Bréfritari: Gunnlaugur Oddsson
Dagsetning: A-1890-10-19
Skrifað á: Glasgow, Skotlandi

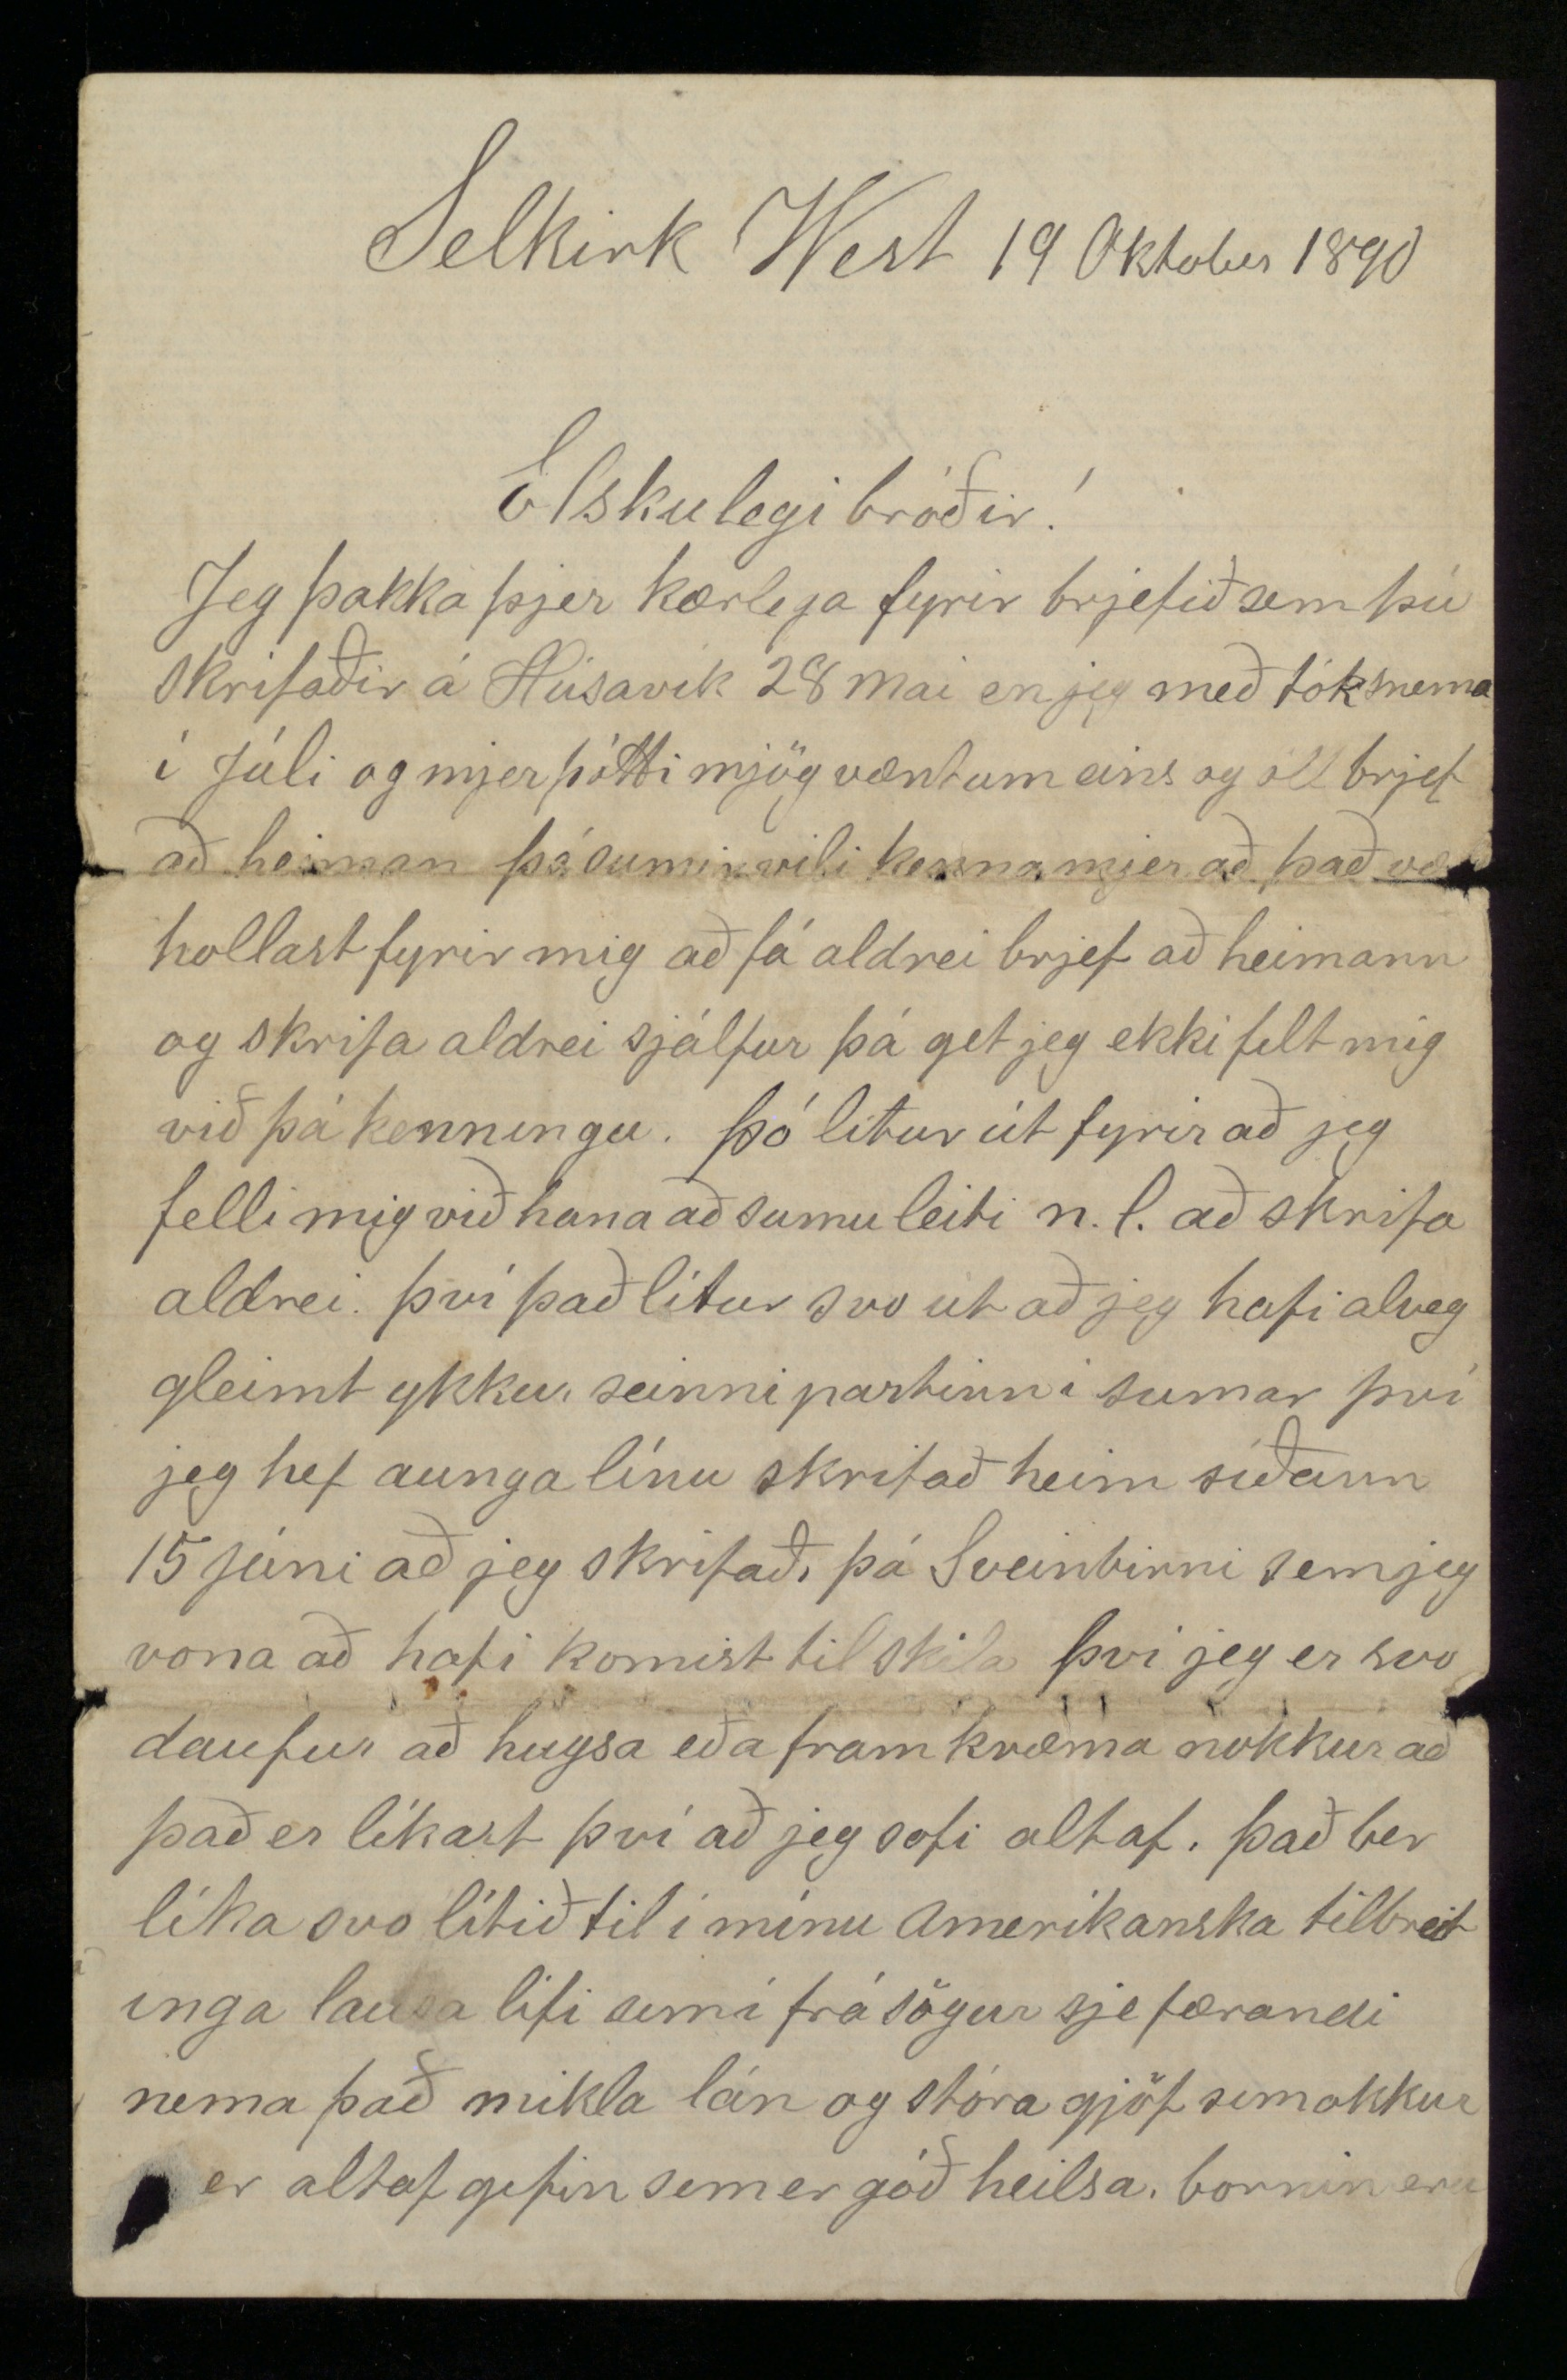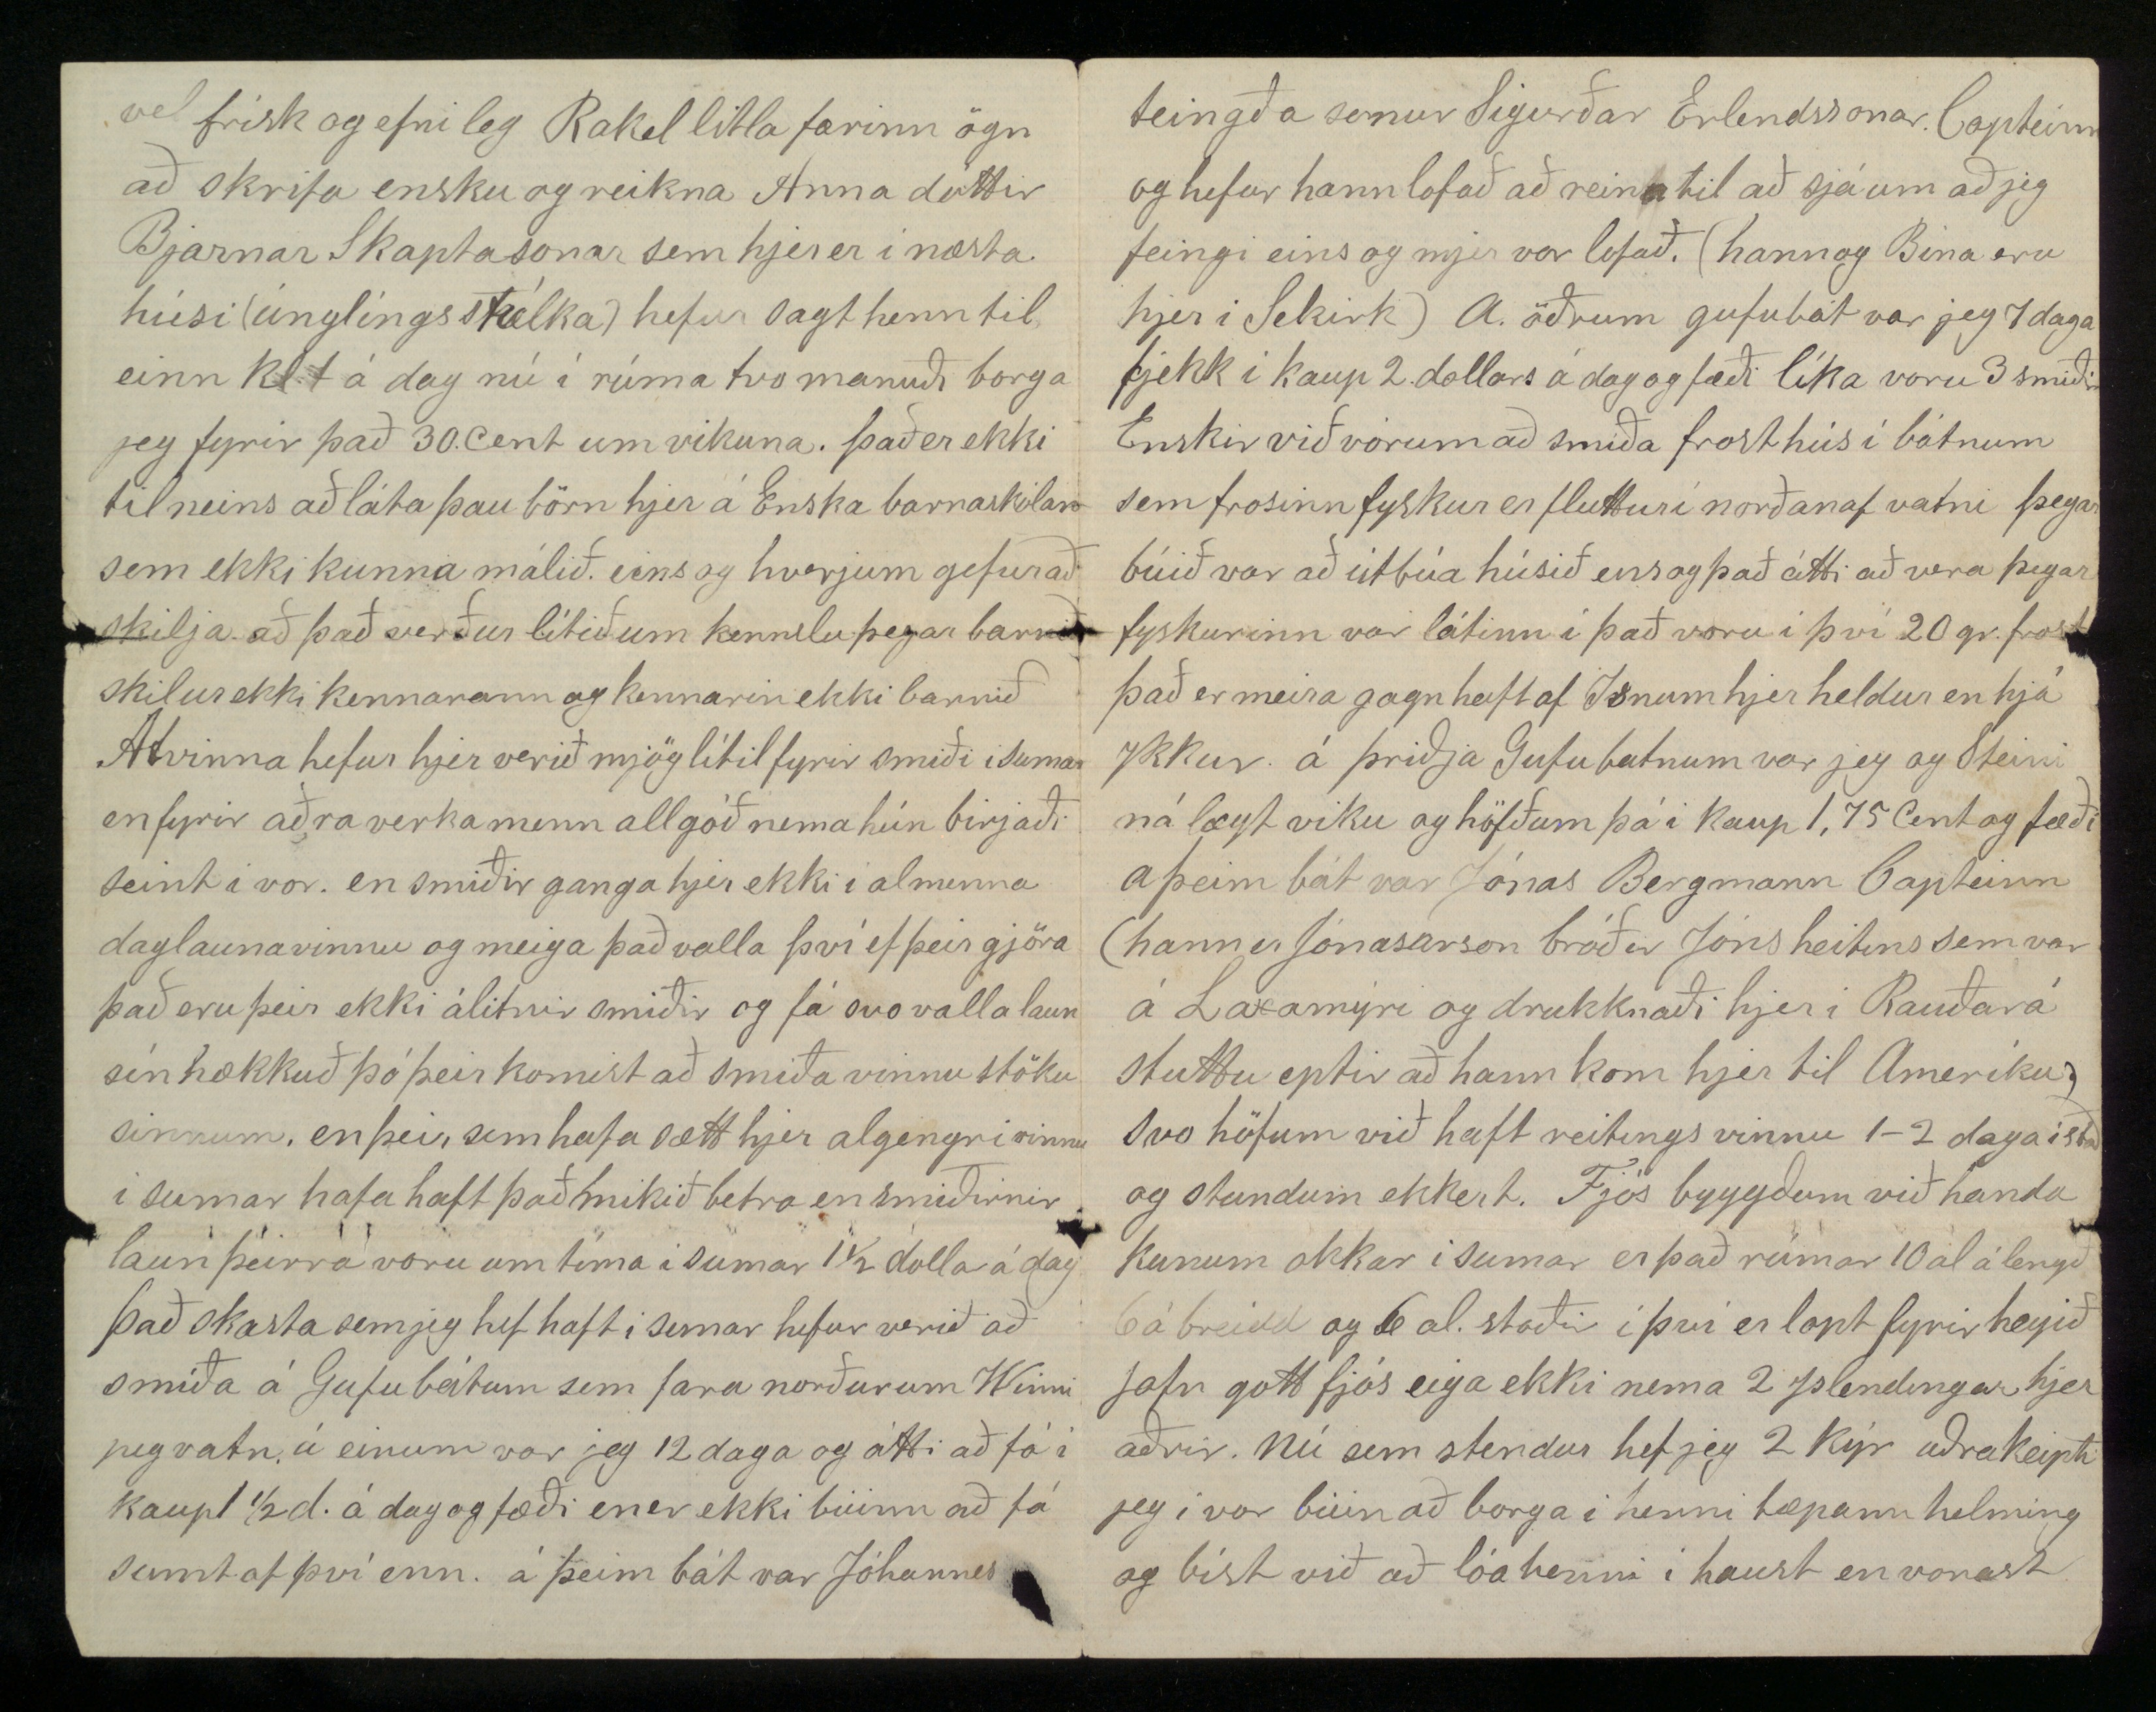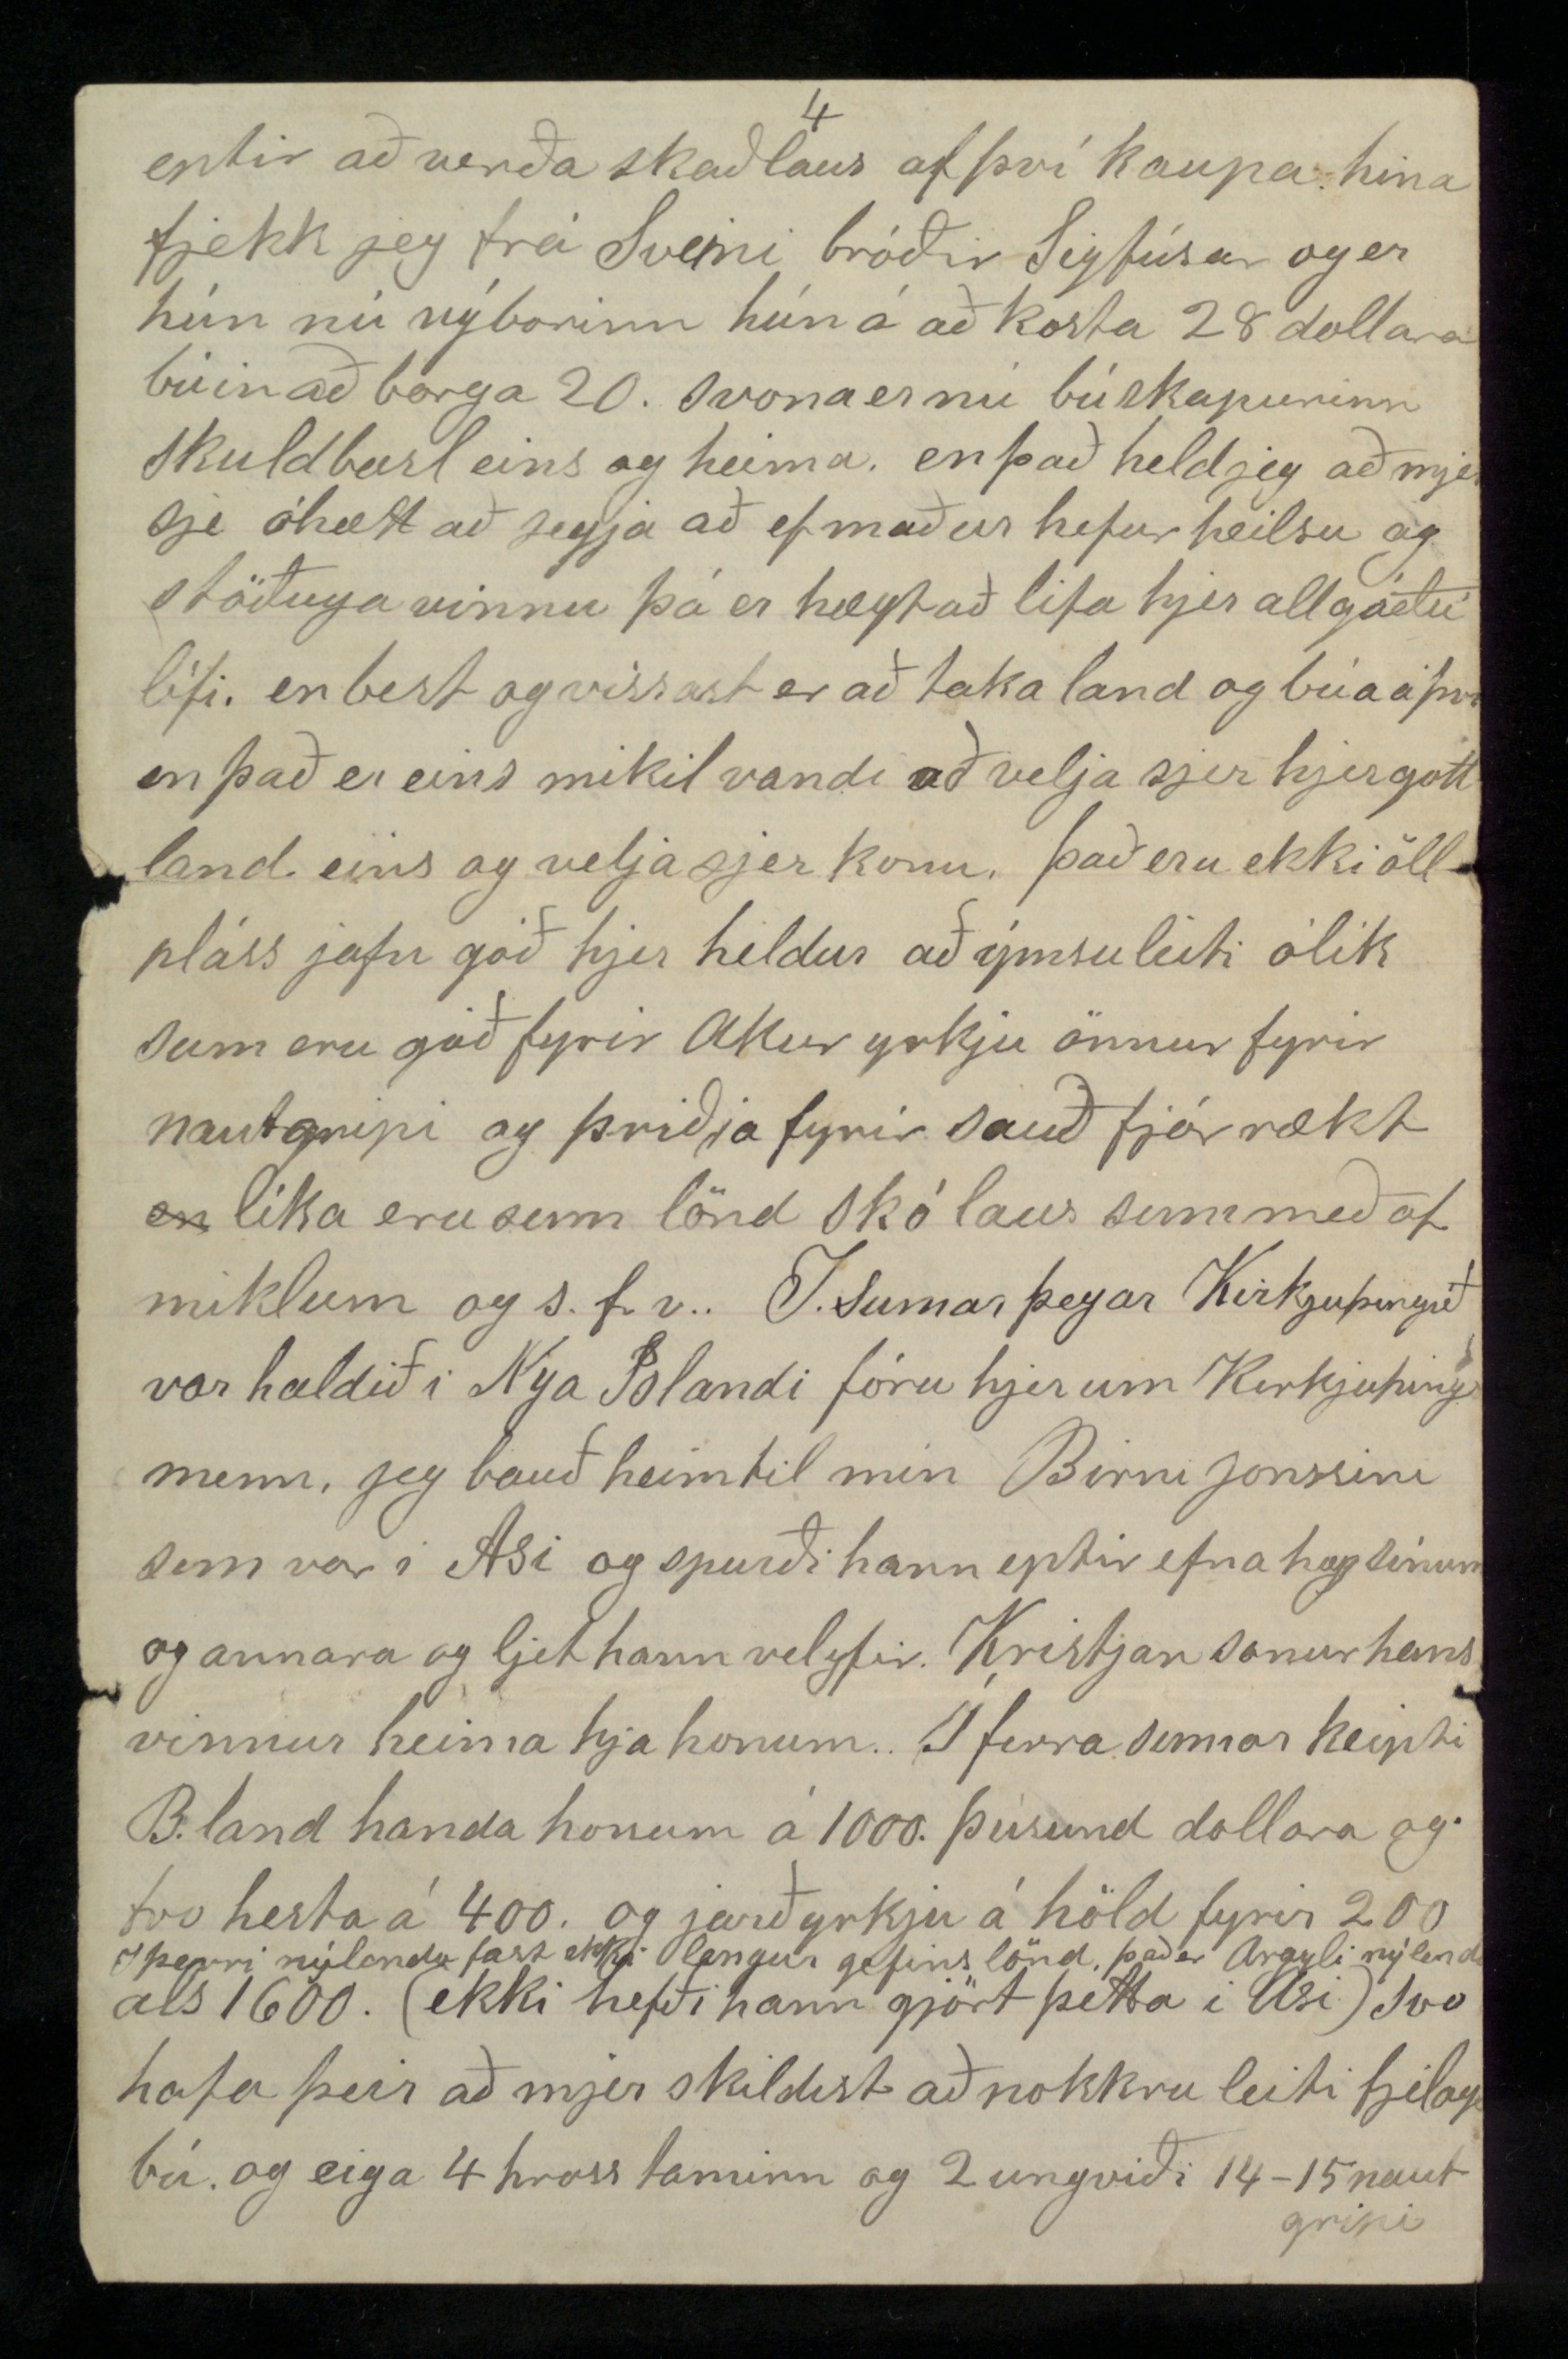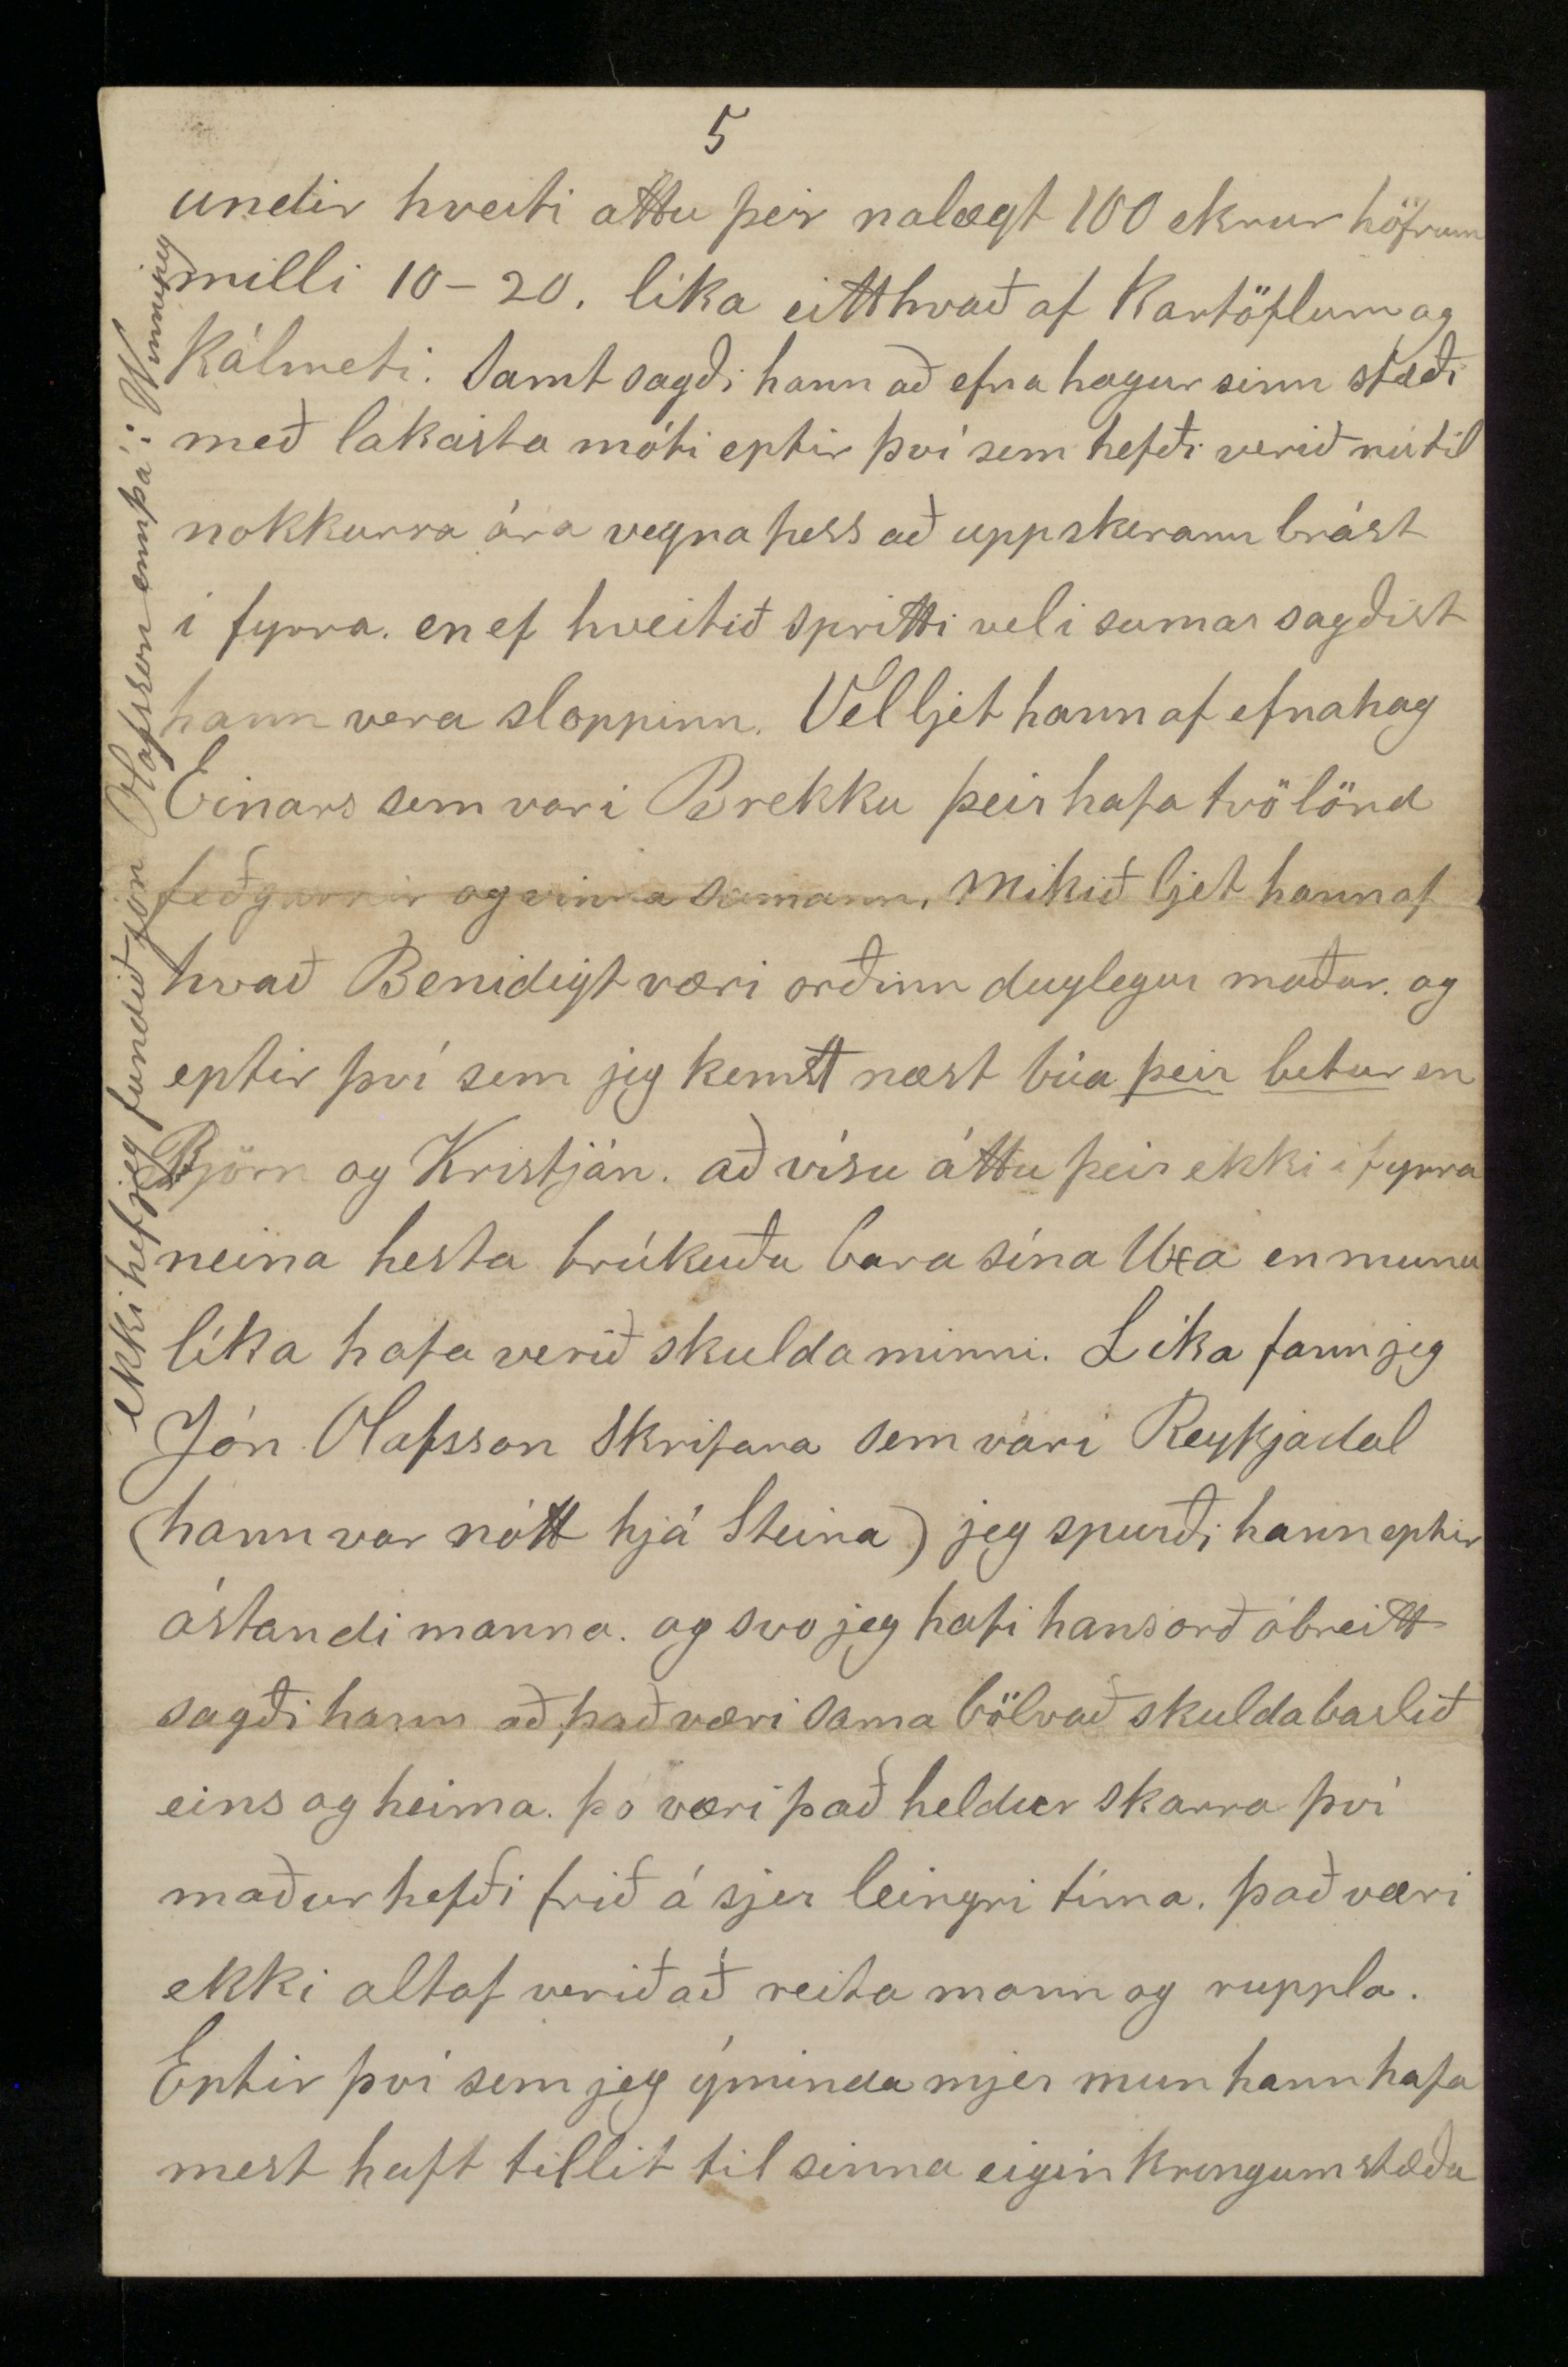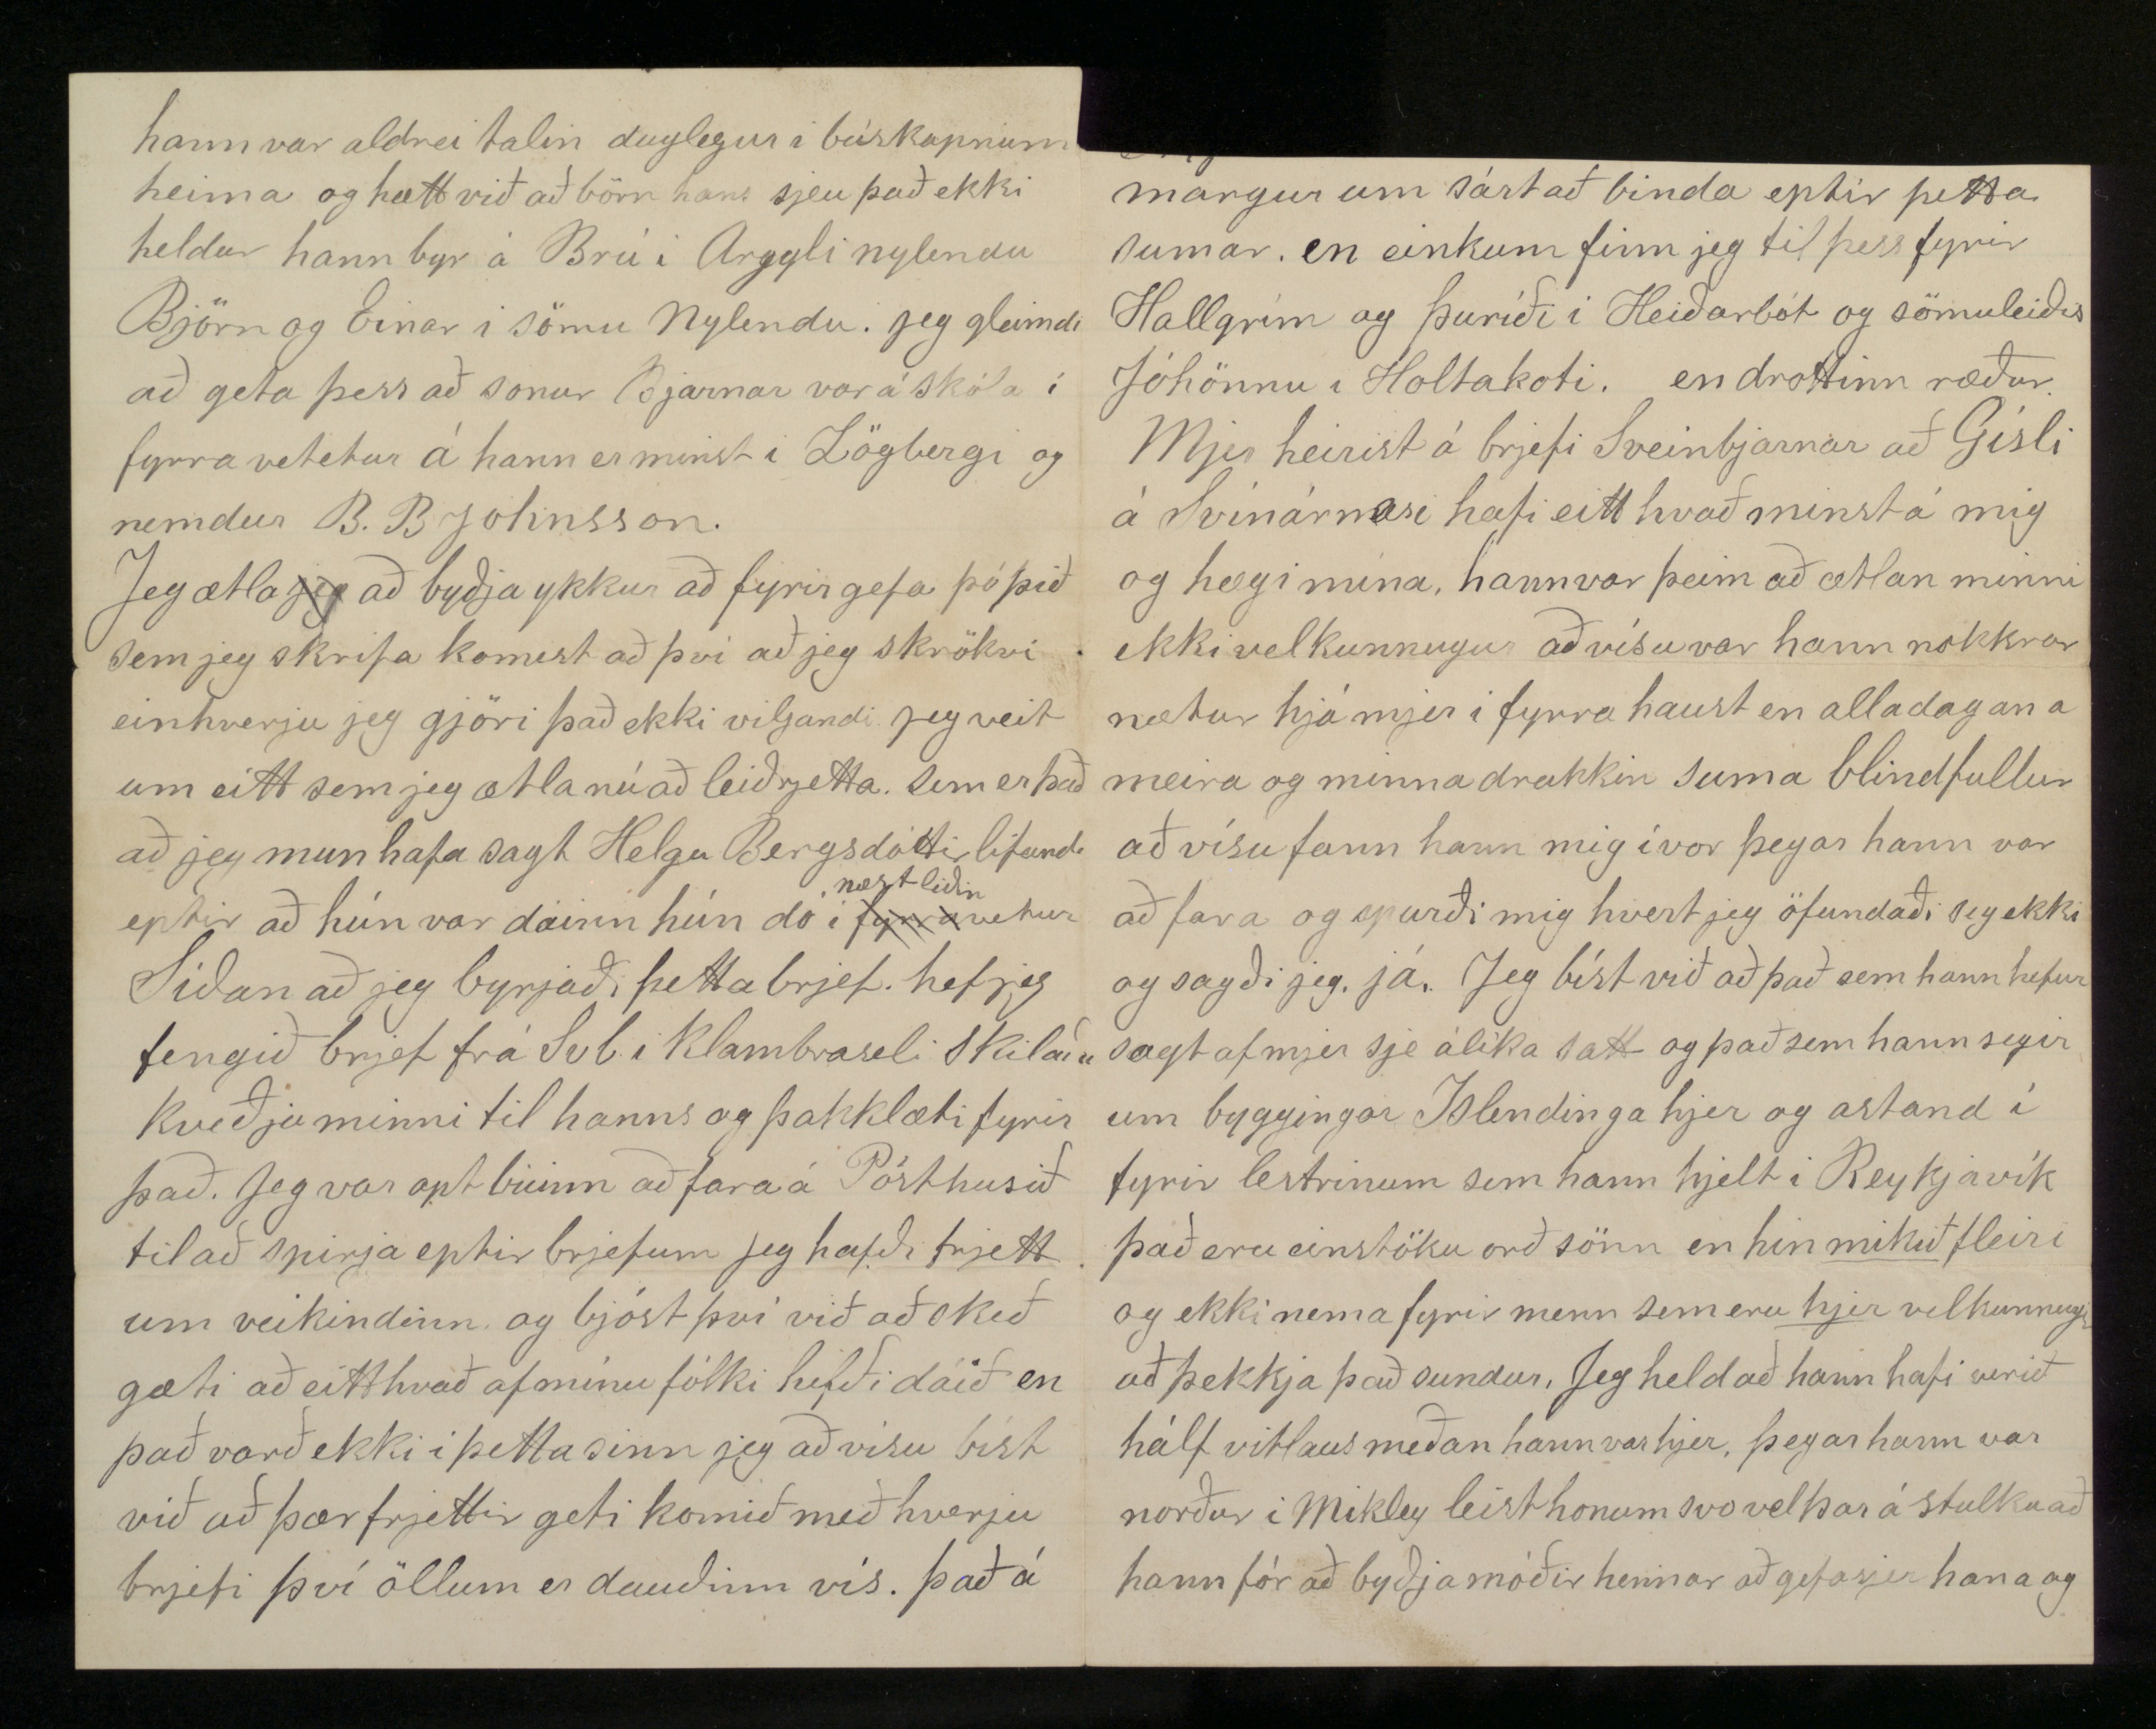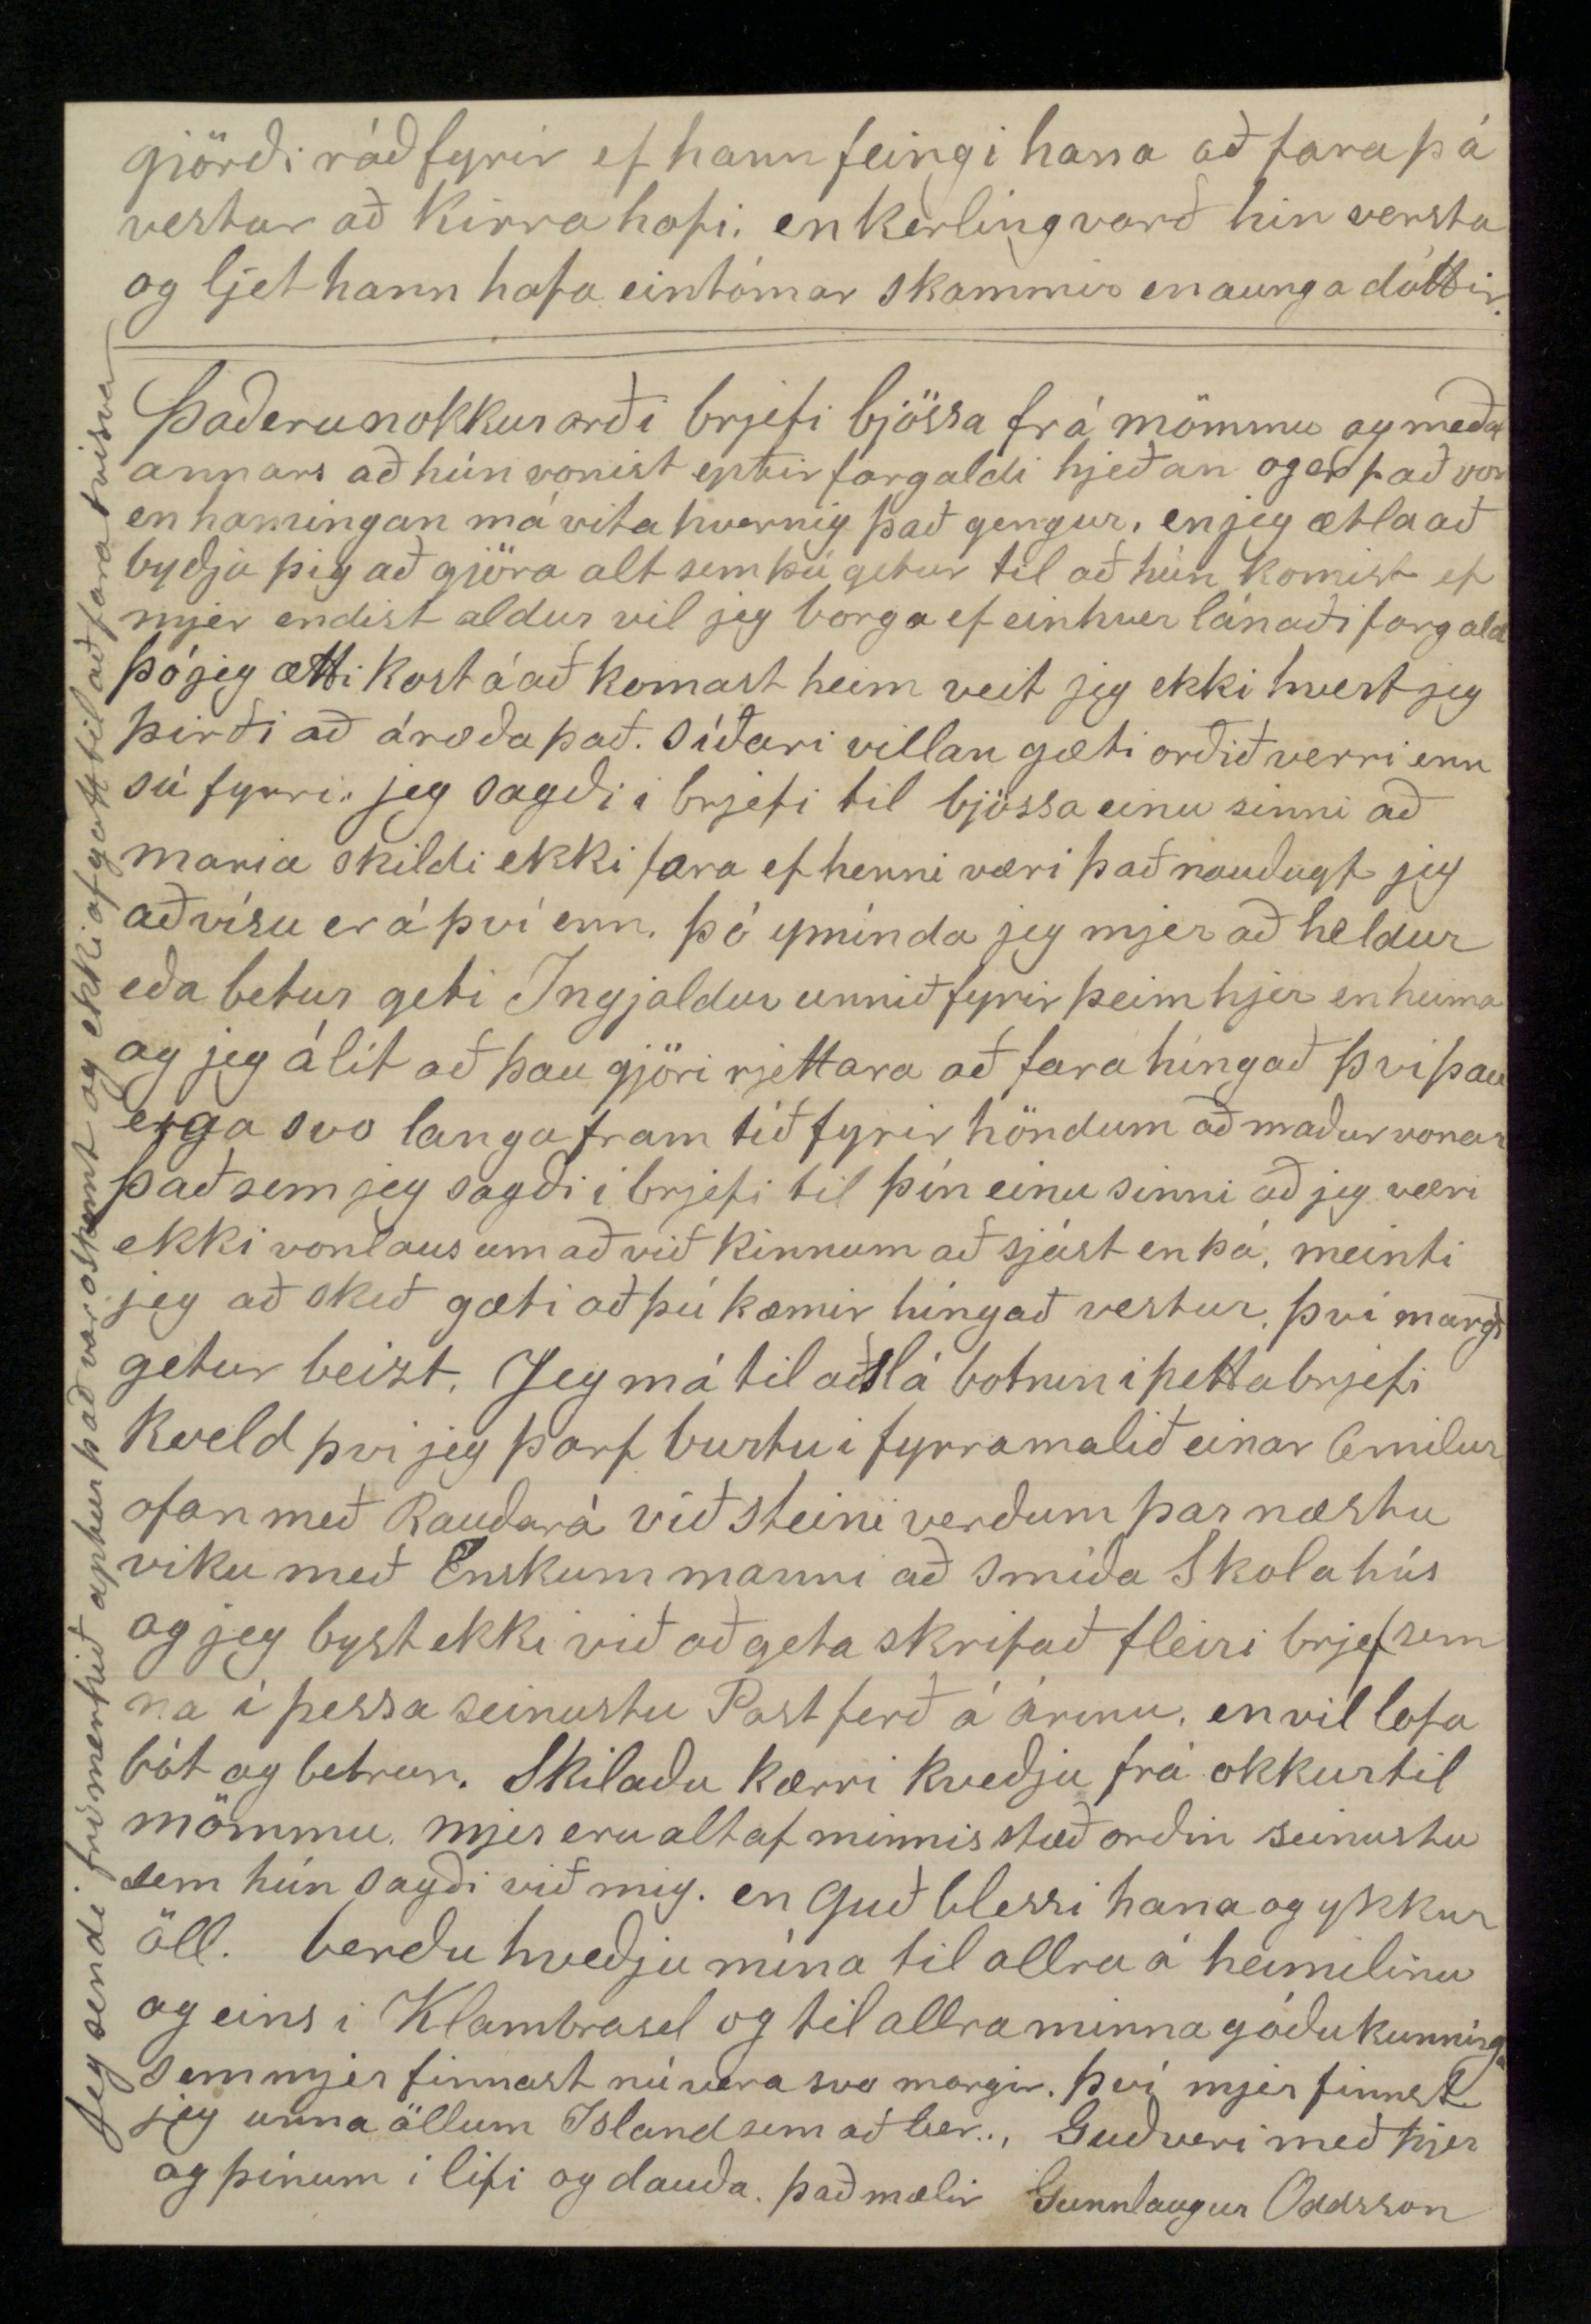

Selkirk West 19 Oktober 1890
Elkulegi bróðir!
Jeg þakka þjer kærlega fyrir brjefið sem þú skrifaðir á Húsavík 28 mai en jeg með tók snema í Júlí og mjer þótti mjög vænt um eins og öll brjef að heiman þó sumir vili kenna mjer að það væri hollast fyrir mig að fá aldrei brjef að heimann og skrifa aldrei sjálfur þá get jeg ekki felt mig við þá kenningu. þó lítur út fyrir að jeg felli mig við hana að sumu leiti n.l. að skrifa aldrei. því það lítur svo út að jeg hafi alveg gleimt ykkur seinni partinn í sumar því jeg hef aunga línu skrifað heim síðann 15 Júní að jeg skrifaði þá Sveinbirni sem jeg vona að hafi komist til skila því jeg er svo daufur að hugsa eða framkvæma nokkur að það er líkast því að jeg sofi altaf, það ber líka svo lítið til í mínu Ameríkanska tilbreitinga lausa lífi sem í frá sögur sje færandi nema það mikla lán og stóra gjöf sem okkur er altaf gefin sem er góð heilsa. bornin eru
vel frísk og efnileg Rakel litla farinn ögn að skrifa ensku og reikna Anna dottir Bjarnar Skaptasonar sem hjer er í næsta húsi (únglingsstúlka) hefur sagt henn til einn kl.t á dag nú í rúma tvo manuði borga jeg fyrir það 30. Cent um vikuna. það er ekki til neins að láta þau börn hjer á Enska barnaskólan sem ekki kunna málið eins og hverjum gefur að skilja að það verður lítið um kennslu þegar barnið skilur ekki kennarann og kennarin ekki barnið
Atvinna hefur hjer verið mjög lítil fyrir smiði í sumar en fyrir aðra verka menn allgóð nema hún birjaði seint í vor. en smiðir ganga hjer ekki í almenna daglaunavinnu og meiga það valla því ef þeir gjöra það eru þeir ekki álitnir smiðir og fá svo valla laun sín hækkuð þó þeir komist að smíða vinnu stöku sinnum en þeir, sem hafa sætt hjer algengri vinnu í sumar hafa haft það mikið betra en smiðirnir laun þeirra voru um tíma í sumar 1 1/2 dollar á dag það skasta sem jeg hef haft í sumar hefur verið að smíða á Gufubátum sem fara norður um Winnipegvatn á einum var jeg 12 daga og átti að fá í kaup 1 1/2 d. á dag og fæði en er ekki búinn að fá
sennt
af því enn. á þeim bát var Jóhannes
teingða sonur Sigurðar Erlendssonar Capteinn og hefur hann lofað að reina til að sjá um að jeg feingi eins og mjer var lofað. (hann og Bina eru hjer í Selkirk) A öðrum gufubát var jeg 7 daga fjekk í kaup 2 dollars á dag og fæði líka voru 3 smiðir Enskir við vorum að smíða frosthús á bátnum sem frosinn fyskur er fluttur í norðanaf vatni þegar búið var að útbúa húsið eins og það átti að vera þegar fyskurinn var látinn í það voru í því 20 gr. frost það er meira gagn haft af Isnum hjer heldur en hjá ykkur. á þriðja Gufubatnum var jeg og Steini nálægt viku og höfðum þá í kaup 1,75 Cent og fæði a þeim bát var Jónas Bergmann Capteinn (hann er Jónasarson bróðir Jóns heitins sem var á Laxamýri og drukknaði hjer í Rauðará stuttu eptir að hann kom hjer til Ameríku) svo höfum við haft reitings vinnu 1-2 daga í stað og stundum ekkert. Fjós byggðum við handa kunum okkar í sumar er það rúmar 10 ál á lengd 6 á breidd og 6 al. stoðir í því er lopt fyrir heyið jafn gott fjós eiga ekki nema 2 Islendingar hjer aðrir. Nú sem stendur hef jeg 2 Kýr aðra keipti jeg í vor búin að borga í henni tæpann helming og bíst við að lóa hennií haust en vonast
eptir að verða skaðlaus af því kaupa. hina fjekk jeg frá Sveini bróðir Sigfúsar og er hún nú nýborinn hún á að kosta 28 dollara búin að borga 20. svona er nú búskapurinn skuldbasl eins og heima. en það held jeg að mjer sje óhætt að segja að ef maður hefur heilsu og stöðuga vinnu þá er hægt að lifa hjer allgóðu lífi. en best og vissast er að taka land og búa á því en það er eins mikil vandi að velja sjer hjer gott land. eins og velja sjer konu. það eru ekki öll pláss jafn góð hjer heldur að ýmsu leiti ólík sum eru góð fyrir Akur yrkju önnur fyrir nautgripi og þriðja fyrir sauðfjárrækt
en
líka eru sum lönd skólaus sum með of miklum og s.f.v. I sumar þegar Kirkjuþingið var haldið í Nýa Islandi fóru hjer um Kirkjuþingið menn, jeg bauð heim til mín Birni Jonssini sem var í Asi og spurði hann eptir efna hag sínum og annara og ljet hann vel yfir. Kristján sonur hans vinnur heima hja honum. Í firra sumar keipti B. land handa honum á 1000. þúsund dollara og tvo hesta á 400. og jarðyrkju á höld fyrir 200 als 1600. (ekki hefði hann gjört þetta í Asi.)
I þerri nýlendu fast ekki lengur gefins lönd, það er Argyli nýlenda
Svo hafa þeir að mjer skildist að nokkru leiti fjelagsbú og eiga 4 hross taminn og 2 ungviði 14-15 naut gripi
undir hveiti attu þeir nalægt 100 ekrur höfrum milli 10-20. líka eitthvað af Kartöflum og Kálmeti. Samt sagði hann að efna hagur sinn stæði með lakasta móti eptir því sem hefði verið nú til nokkurra ára vegna þess að uppskerann brást í fyrra en ef hveitið spritti vel í sumar sagðist hann vera sloppinn. Vel ljet hann af efnahag Einars sem var í Brekku þeir hafa tvö lönd feðgarnir og vinna samann. Mikið ljet hann af hvað Benidigt væri orðinn duglegur maður og eptir því sem jeg kemst næst búa þeir betur en Björn og Kristján. að vísu átti þeir ekki í fyrra neina hesta brúkuðu bara sína Uxa en munu líka hafa verið skuldaminni. Líka fann jeg Jón Olafsson Skrifara sem var í Reykjadal (hann var nótt hjá Steina) jeg spurði hann eptir ástandi manna og svo jeg hafi hans orð óbreitt sagði hann að það væri sama bölvað skuldabaslið eins og heima þó væri það heldur skarra því maður hefði frið á sjer leingri tíma. það væri ekki altaf verið að reita mann og ruppla. Eptir því sem jeg ýminda mjer mun hann hafa mest haft tillit til sinna eigin Kringumstæða
hann var aldrei talin duglegur í búskapnum heima og hætt við að börn hans sjeu það ekki heldur hann byr á Brú í Argyli nylendu Björn og Einar í sömu nylendu. jeg gleimdi að geta þess að sonur Bjarnar var á Skóla í fyrra vetetur á hann er minst í Lögbergi og nemdur B.B Johnsson.
Jeg ætla
jeg
að byðja ykkur að fyrirgefa þó þið sem jeg skrifa komist að því að jeg skrökvi einhverju jeg gjöri það ekki viljandi jeg veit um eitt sem jeg ætla nú að leiðrjetta. Sem er það að jeg mun hafa sagt Helgu Bergsdóttir lifandi eptir að hún var dáinn hún dó í
fyrra
næst liðin
vetur Síðan að jeg byrjaði þetta brjef hef jeg fengið brjef frá Svb. í Klambraseli Skilaðu kveðju minni til hanns og þakklæti fyrir það. Jeg var opt buinn að fara á Pósthusið til að spirja eptir brjefum jeg hafði frjett um veikindinn og bjóst því við að skeð gæti að eitthvað af mínu fólki hefði dáið en það varð ekki í þetta sinn jeg að vísu bíst við að þær frjettir geti komið með hverju brjefi því öllum er dauðinn vís. það á
margur um sárt að binda eptir þetta sumar. en einkum finn jeg til þess fyrir Hallgrím og Þuríði í Heiðarbót og sömuleiðis Jóhönnu í Holtakoti. en drottinn ræður. Mjer heirist á brjefi Sveinbjarnar að Gísli á Svínárnesi hafi eitthvað minst á mig og hægi mína, hann var þeim að ætlan minni ekki vel kunnugur að vísu var hann nokkrar nætur hjá mjer í fyrra haust en alla dagana meira og minna drukkin suma blindfullur að vísu fann hann mig í vor þegar hann var að fara og spurði mig hvert jeg öfundaði sig ekki og sagði jeg já. Jeg bíst við að það sem hann hefur sagt af mjer sje álíka satt og það sem hann segir um byggingar Islendinga hjer og astand í fyrri lestrinum sem hann hjelt í Reykjavík það eru einstöku orð sönn en hin
mikið
fleiri og ekki nema fyrir menn sem eru
hjer
vel kunnugir að þekkja það sundur. Jeg held að hann hafi verið hálf vitlaus meðan hann var hjer, þegar hann var norður í Mikley leist honum svo vel þar á stulku að hann fór að byðja móðir hennar að gefa sjer hana og
gjörði ráð fyrir ef hann feingi hana að fara þá vestur að Kirrahafi, en kerling varð hin versta og ljet hann hafa eintómar skammir en aunga dóttir.
Það eru nokkur orð í brjefi bjössa frá mömmu og meðal annars að hún vonist eptir fargaldi hjeðan og er það von en hamingjan má vita hvernig það gengur, en jeg ætla að byðja þig að gjöra alt sem þú getur til að hún komist ef mjer endist aldur vil jeg borga ef einhver lánaði fargald þó jeg ætti kost á að komast heim veit jeg ekki hvert jeg þirði að áræða það. Síðari villan gæti orðið verri enn sú fyrri jeg sagði í brjefi til bjössa einu sinni að Maria skildi ekki fara ef henni væri það nauðugt jeg að vísu er á því enn þó yminda jeg mjer að heldur eða betur geti Ingjaldur unnið fyrir þeim hjer en heima og jeg álít að þau gjöri rjettara að fara hingað því þau
eyga
svo langa fram tíð fyrir höndum að maður vonar það sem jeg sagði í brjefi til þín einu sinni að jeg væri ekki vonlaus um að við kinnum að sjást en þá meinti jeg að skeð gæti að þú kæmir hingað vestur því margt getur breizt. Jeg má til að slá botnin í þetta brjef í kveld því jeg þarf burtu í fyrramálið einar 6 mílur ofan með Rauðará við Steini verðum þar næstu viku með Enskum manni að smíða Skolahús og jeg byst ekki við að geta skrifað fleiri brjef sem na í þessa seinustu Postferð á árinu en vil lofa bót og betrun. Skilaðu kærri kveðju frá okkur til mömmu. mjer eru altaf minnis stæð orðin seinustu sem hún sagði við mig. en Guð blessi hana og ykkur öll. berðu kveðju mín til allra á heimilinu og eins í Klambrasel og til allra minna góðu kunninga sem mjer finnast nú vera svo margir því mjer finnst jeg unna öllum Island sem að ber. Guð veri með þjer og þínum í lífi og dauða. það mælir
Gunnlaugur Oddsson
Jeg sendi frímerkið aptur það var oskemt og ekki of gott til að fara tvisvar
ekki ef jeg fundið Jón Olafsson ennþá í Winnipeg